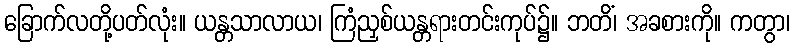
ခြောက်လတို့ပတ်လုံး။ ယန္တသာလာယ၊ ကြံညှစ်ယန္တရားတင်းကုပ်၌။ ဘတိံ၊ အခစားကို။ ကတွာ၊